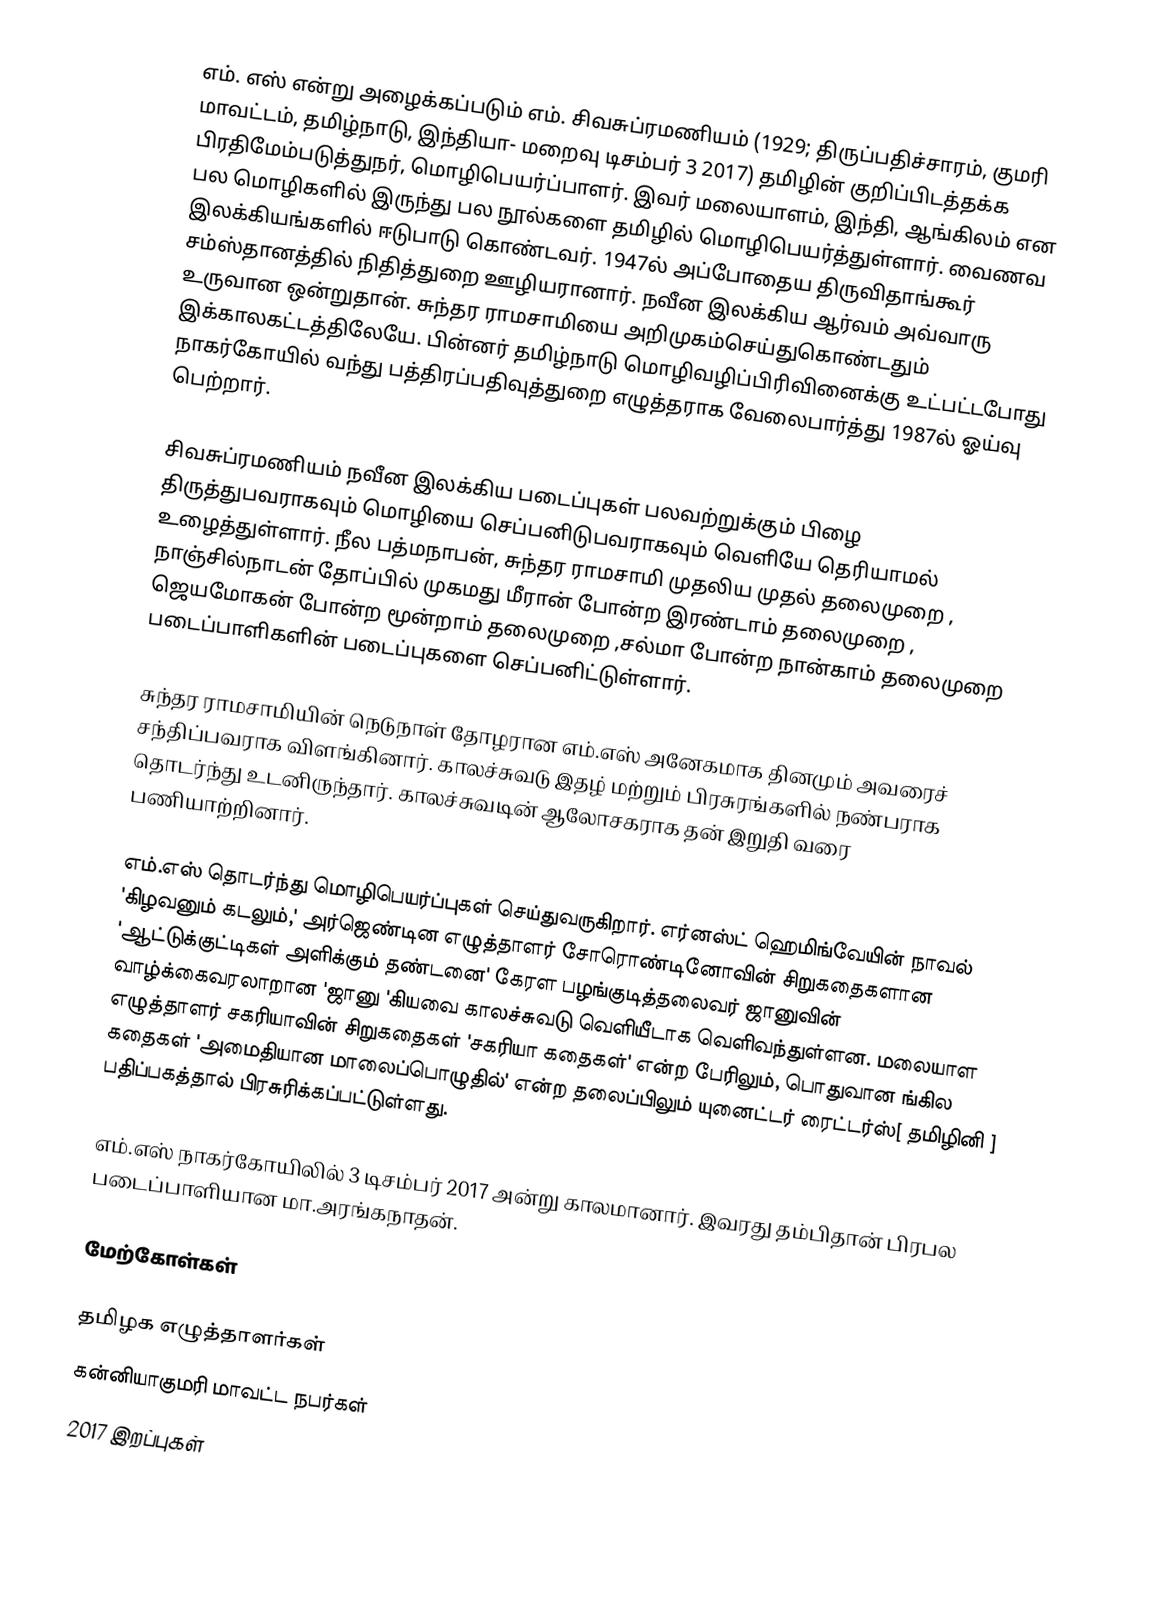
எம். எஸ் என்று அழைக்கப்படும் எம். சிவசுப்ரமணியம் (1929; திருப்பதிச்சாரம், குமரி மாவட்டம், தமிழ்நாடு, இந்தியா- மறைவு டிசம்பர் 3 2017) தமிழின் குறிப்பிடத்தக்க பிரதிமேம்படுத்துநர், மொழிபெயர்ப்பாளர். இவர் மலையாளம், இந்தி, ஆங்கிலம் என பல மொழிகளில் இருந்து பல நூல்களை தமிழில் மொழிபெயர்த்துள்ளார்.  வைணவ இலக்கியங்களில் ஈடுபாடு கொண்டவர். 1947ல் அப்போதைய திருவிதாங்கூர்  சம்ஸ்தானத்தில் நிதித்துறை ஊழியரானார். நவீன இலக்கிய ஆர்வம் அவ்வாரு உருவான ஒன்றுதான்.  சுந்தர ராமசாமியை அறிமுகம்செய்துகொண்டதும் இக்காலகட்டத்திலேயே. பின்னர் தமிழ்நாடு மொழிவழிப்பிரிவினைக்கு உட்பட்டபோது நாகர்கோயில் வந்து பத்திரப்பதிவுத்துறை எழுத்தராக வேலைபார்த்து 1987ல் ஓய்வு பெற்றார்.

சிவசுப்ரமணியம் நவீன இலக்கிய படைப்புகள் பலவற்றுக்கும் பிழை திருத்துபவராகவும் மொழியை செப்பனிடுபவராகவும் வெளியே தெரியாமல் உழைத்துள்ளார். நீல பத்மநாபன், சுந்தர ராமசாமி முதலிய முதல் தலைமுறை , நாஞ்சில்நாடன் தோப்பில் முகமது மீரான் போன்ற இரண்டாம் தலைமுறை , ஜெயமோகன் போன்ற மூன்றாம் தலைமுறை ,சல்மா போன்ற நான்காம் தலைமுறை படைப்பாளிகளின் படைப்புகளை செப்பனிட்டுள்ளார்.

சுந்தர ராமசாமியின் நெடுநாள் தோழரான எம்.எஸ் அனேகமாக தினமும் அவரைச் சந்திப்பவராக விளங்கினார். காலச்சுவடு இதழ் மற்றும் பிரசுரங்களில் நண்பராக தொடர்ந்து உடனிருந்தார். காலச்சுவடின் ஆலோசகராக தன் இறுதி வரை பணியாற்றினார்.

எம்.எஸ் தொடர்ந்து மொழிபெயர்ப்புகள் செய்துவருகிறார். எர்னஸ்ட் ஹெமிங்வேயின் நாவல் 'கிழவனும் கடலும்,' அர்ஜெண்டின எழுத்தாளர்  சோரொண்டினோவின் சிறுகதைகளான 'ஆட்டுக்குட்டிகள் அளிக்கும் தண்டனை' கேரள பழங்குடித்தலைவர் ஜானுவின் வாழ்க்கைவரலாறான 'ஜானு 'கியவை காலச்சுவடு வெளியீடாக வெளிவந்துள்ளன. மலையாள எழுத்தாளர் சகரியாவின் சிறுகதைகள் 'சகரியா கதைகள்' என்ற பேரிலும், பொதுவான ங்கில கதைகள் 'அமைதியான மாலைப்பொழுதில்' என்ற தலைப்பிலும் யுனைட்டர் ரைட்டர்ஸ்[ தமிழினி ] பதிப்பகத்தால் பிரசுரிக்கப்பட்டுள்ளது.

எம்.எஸ் நாகர்கோயிலில் 3 டிசம்பர் 2017 அன்று காலமானார். இவரது தம்பிதான் பிரபல படைப்பாளியான மா.அரங்கநாதன்.

மேற்கோள்கள்

தமிழக எழுத்தாளர்கள்
கன்னியாகுமரி மாவட்ட நபர்கள்
2017 இறப்புகள்